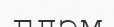
глэм